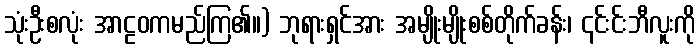
သုံးဦးစလုံး အာဠဝကမည်ကြ၏။) ဘုရားရှင်အား အမျိုးမျိုးစစ်တိုက်ခန်း၊ ၎င်းင်းဘီလူးကို